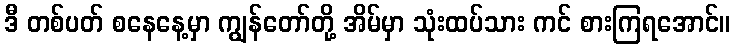
ဒီ တစ်ပတ် စနေနေ့မှာ ကျွန်တော်တို့ အိမ်မှာ သုံးထပ်သား ကင် စားကြရအောင်။